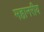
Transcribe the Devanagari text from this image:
महानरीय